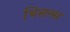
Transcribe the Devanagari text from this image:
थिसल्स